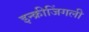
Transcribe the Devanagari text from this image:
इन्क्रीजिंगली